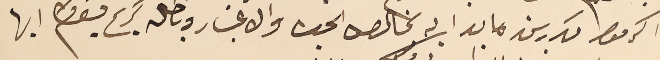
اكرموا مكررين ما بدا به بخالص الحب والاعتبار وباطال كريم بقاكم ايها